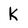
Character: K